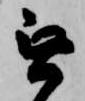
無